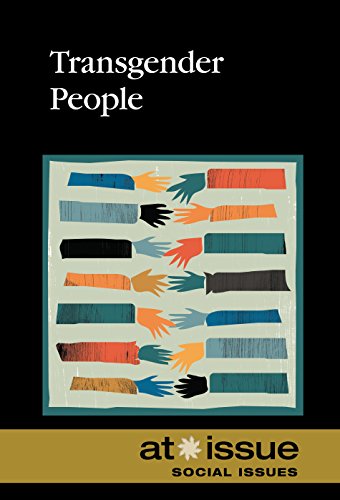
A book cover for Transgender People (At Issue); Tamara Thompson; Teen & Young Adult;